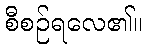
စီစဉ်ရလေ၏။